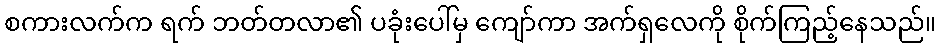
စကားလက်က ရက် ဘတ်တလာ၏ ပခုံးပေါ်မှ ကျော်ကာ အက်ရှလေကို စိုက်ကြည့်နေသည်။